Leprosy in India: report of the Leprosy Commission in India, 1890-91
Year: 1890
Disease focus: Leprosy
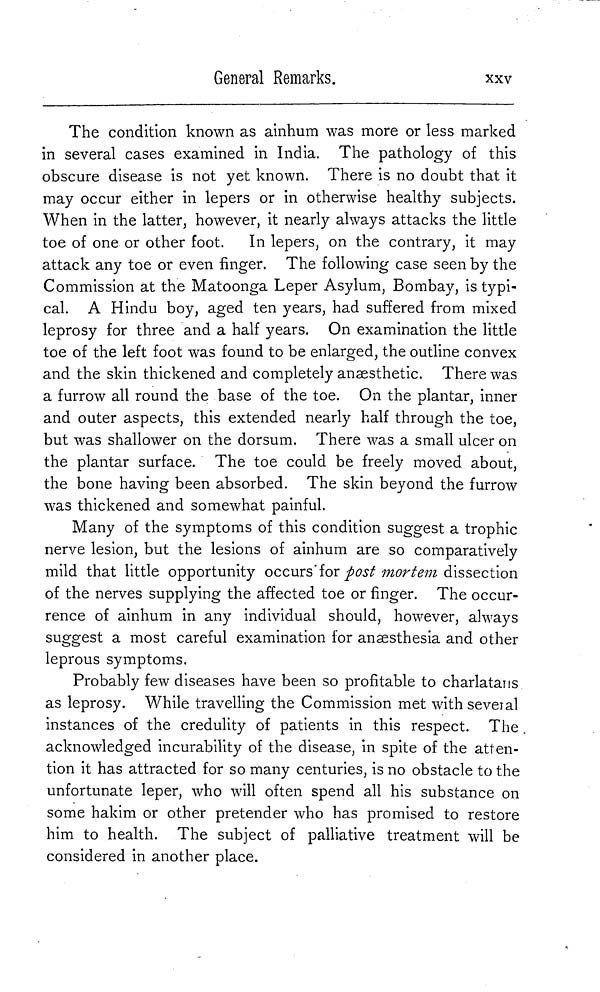
General Remarks.
xxv
The condition known as ainhum was more or less marked
in several cases examined in India. The pathology of this
obscure disease is not yet known. There is no doubt that it
may occur either in lepers or in otherwise healthy subjects.
When in the latter, however, it nearly always attacks the little
toe of one or other foot. In lepers, on the contrary, it may
attack any toe or even finger. The following case seen by the
Commission at the Matoonga Leper Asylum, Bombay, is typi-
cal. A Hindu boy, aged ten years, had suffered from mixed
leprosy for three and a half years. On examination the little
toe of the left foot was found to be enlarged, the outline convex
and the skin thickened and completely anaesthetic. There was
a furrow all round the base of the toe. On the plantar, inner
and outer aspects, this extended nearly half through the toe,
but was shallower on the dorsum. There was a small ulcer on
the plantar surface. The toe could be freely moved about,
the bone having been absorbed. The skin beyond the furrow
was thickened and somewhat painful.
Many of the symptoms of this condition suggest a trophic
nerve lesion, but the lesions of ainhum are so comparatively
mild that little opportunity occurs for post mortem dissection
of the nerves supplying the affected toe or finger. The occur-
rence of ainhum in any individual should, however, always
suggest a most careful examination for anæsthesia and other
leprous symptoms.
Probably few diseases have been so profitable to charlatans
as leprosy. While travelling the Commission met with several
instances of the credulity of patients in this respect. The
acknowledged incurability of the disease, in spite of the atten-
tion it has attracted for so many centuries, is no obstacle to the
unfortunate leper, who will often spend all his substance on
some hakim or other pretender who has promised to restore
him to health. The subject of palliative treatment will be
considered in another place.